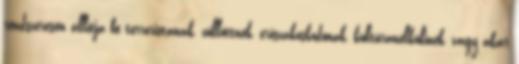
rendszeresen állítja be terroristának, züllöttnek, erőszakoskodónak, kultúranélkülinek, vagy akár